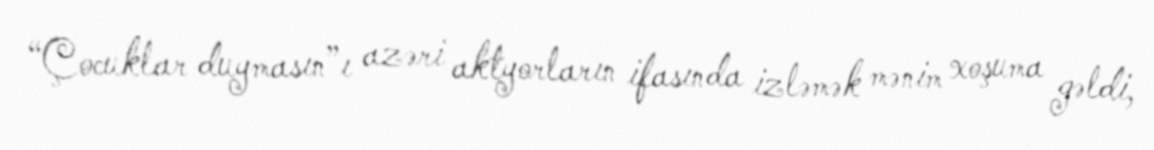
“Çocuklar duymasın”ı azəri aktyorların ifasında izləmək mənim xoşuma gəldi,